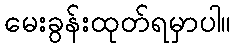
မေးခွန်းထုတ်ရမှာပါ။